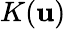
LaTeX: K(\mathbf{u})